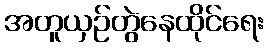
အတူယှဉ်တွဲနေထိုင်ရေး